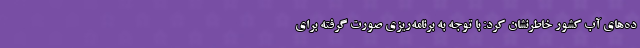
ده‌های آب کشور خاطرنشان کرد: با توجه به برنامه‌ریزی صورت گرفته برای